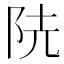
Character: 𨸪